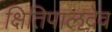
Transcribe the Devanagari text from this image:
क्षितिपालदेव